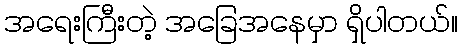
အရေးကြီးတဲ့ အခြေအနေမှာ ရှိပါတယ်။